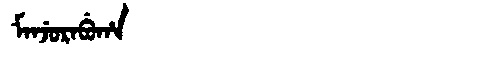
Manchu: ᠮᠠᠨᠵᡠᡵᠠᠪᡠᡥᠠ
Romanization: MANJURABUHA